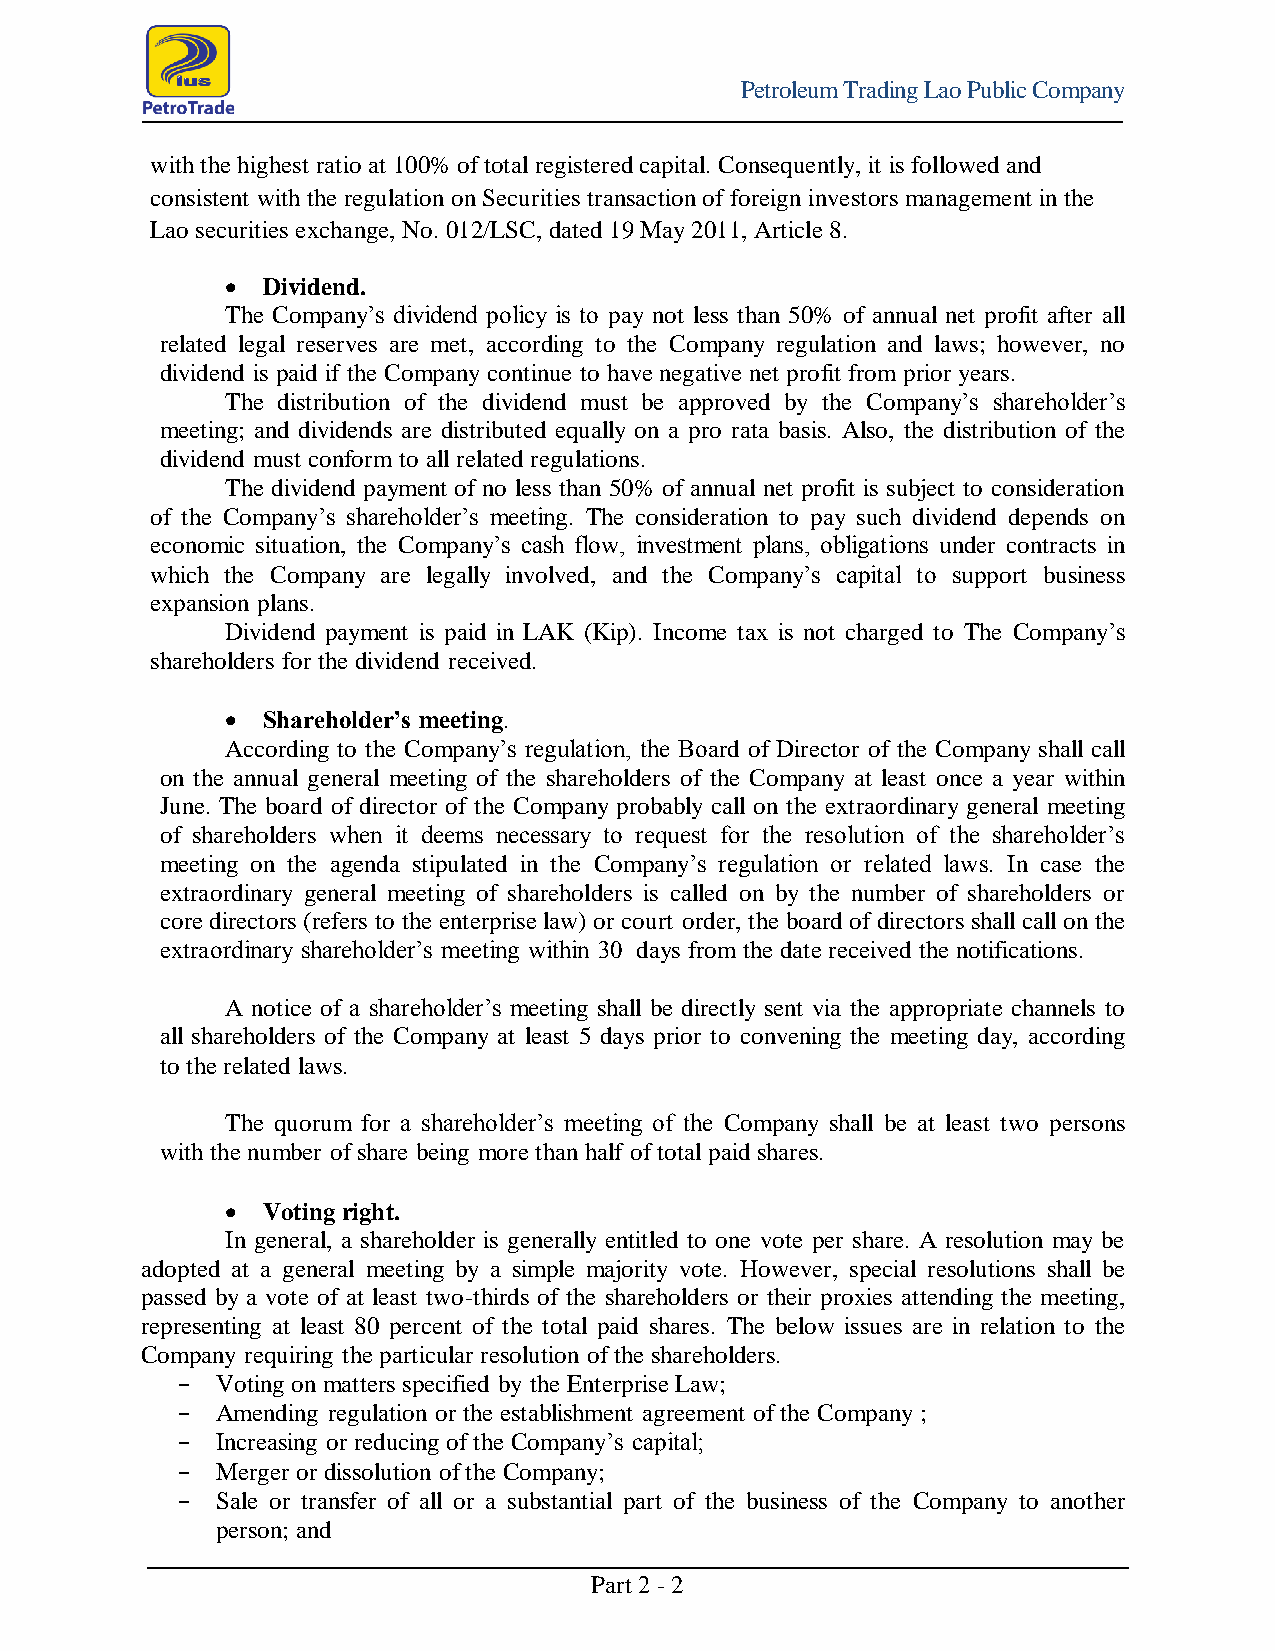
Petroleum Trading Lao Public Company
 with the highest ratio at 100% of total registered capital. Consequently, it is followed and
 consistent with the regulation on Securities transaction of foreign investors management in the
 Lao securities exchange, No. 012/LSC, dated 19 May 2011, Article 8.
  Dividend.
 The Company’s dividend policy is to pay not less than 50% of annual net profit after all
 related legal reserves are met, according to the Company regulation and laws; however, no
 dividend is paid if the Company continue to have negative net profit from prior years.
 The distribution of the dividend must be approved by the Company’s shareholder’s
 meeting; and dividends are distributed equally on a pro rata basis. Also, the distribution of the
 dividend must conform to all related regulations.
 The dividend payment of no less than 50% of annual net profit is subject to consideration
 of the Company’s shareholder’s meeting. The consideration to pay such dividend depends on
 economic situation, the Company’s cash flow, investment plans, obligations under contracts in
 which the Company are legally involved, and the Company’s capital to support business
 expansion plans.
 Dividend payment is paid in LAK (Kip). Income tax is not charged to The Company’s
 shareholders for the dividend received.
  Shareholder’s meeting.
 According to the Company’s regulation, the Board of Director of the Company shall call
 on the annual general meeting of the shareholders of the Company at least once a year within
 June. The board of director of the Company probably call on the extraordinary general meeting
 of shareholders when it deems necessary to request for the resolution of the shareholder’s
 meeting on the agenda stipulated in the Company’s regulation or related laws. In case the
 extraordinary general meeting of shareholders is called on by the number of shareholders or
 core directors (refers to the enterprise law) or court order, the board of directors shall call on the
 extraordinary shareholder’s meeting within 30 days from the date received the notifications.
 A notice of a shareholder’s meeting shall be directly sent via the appropriate channels to
 all shareholders of the Company at least 5 days prior to convening the meeting day, according
 to the related laws.
 The quorum for a shareholder’s meeting of the Company shall be at least two persons
 with the number of share being more than half of total paid shares.
  Voting right.
 In general, a shareholder is generally entitled to one vote per share. A resolution may be
 adopted at a general meeting by a simple majority vote. However, special resolutions shall be
 passed by a vote of at least two-thirds of the shareholders or their proxies attending the meeting,
 representing at least 80 percent of the total paid shares. The below issues are in relation to the
 Company requiring the particular resolution of the shareholders.
 − Voting on matters specified by the Enterprise Law;
 − Amending regulation or the establishment agreement of the Company ;
 − Increasing or reducing of the Company’s capital;
 − Merger or dissolution of the Company;
 − Sale or transfer of all or a substantial part of the business of the Company to another
 person; and
 Part 2 - 2